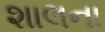
શાલના